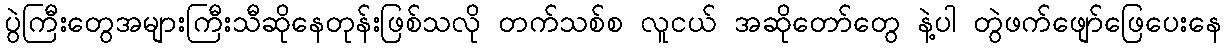
ပွဲကြီးတွေအများကြီးသီဆိုနေတုန်းဖြစ်သလို တက်သစ်စ လူငယ် အဆိုတော်တွေ နဲ့ပါ တွဲဖက်ဖျော်ဖြေပေးနေ